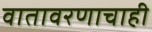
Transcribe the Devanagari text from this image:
वातावरणाचाही